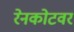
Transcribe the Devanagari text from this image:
रेनकोटवर